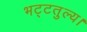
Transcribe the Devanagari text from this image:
भट्टतुल्य।